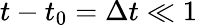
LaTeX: t-t_{0}=\Delta t\ll 1